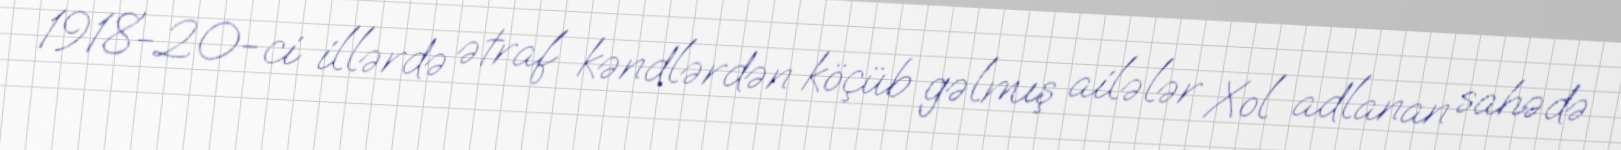
1918-20-ci illərdə ətraf kəndlərdən köçüb gəlmış ailələr Xol adlanan sahədə